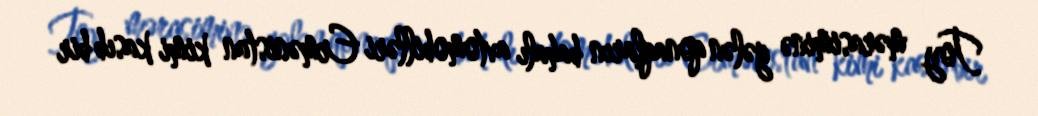
Toy mərasiminə gələn qonaqların bahalı avtomobilləri Ermənistan kimi kasıb bir